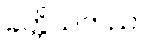
ခတ္တိယကညာ